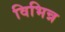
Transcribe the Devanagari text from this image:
विभिन्न